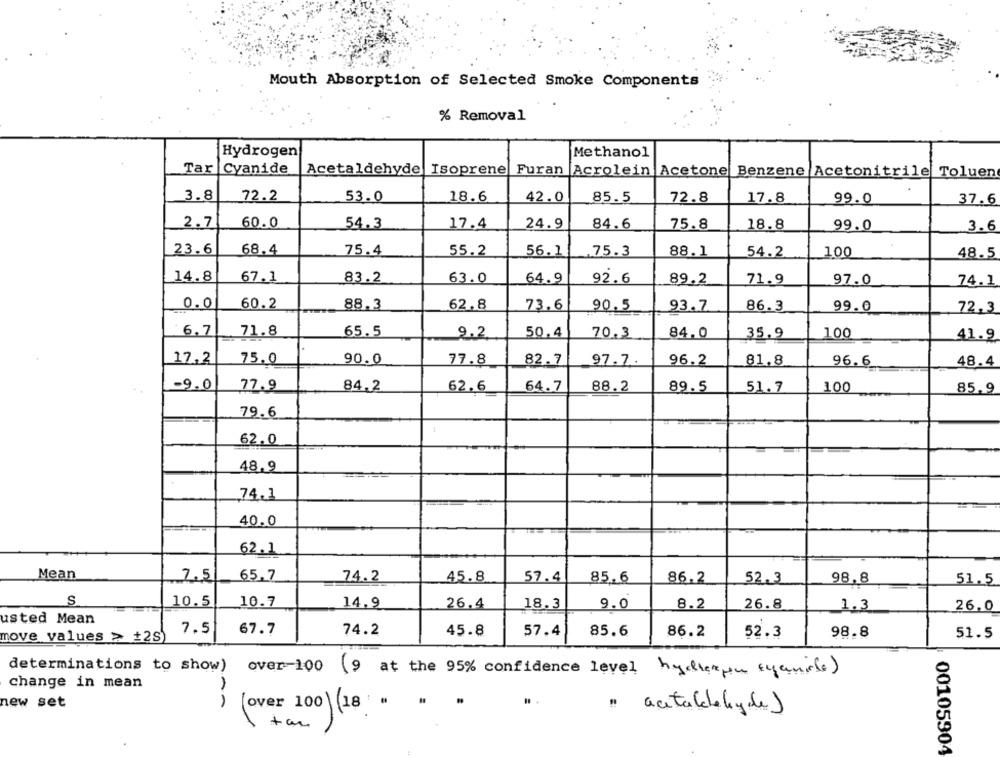
Mouth Absorption of Selected Smoke Components
% Removal
Hydrogen
Methanol
Tar Cyanide
Acetaldehyde Isoprene Furan
Acrolein Acetone Benzene Acetonitrile Toluen
3.8
72.2
53.0
42.0
99.0
18.6
85.5
72.8
17.8
37.6
2.7
60.0
54.3
17.4
24.9
84.6
75.8
18.8
99.0
3.6
23.6
68.4
75.4
55.2
56.1
.75.3
88.1
54.2
100
48.5
14.8
67.1
83.2
63.0
64.9
92.6
89.2
71.9
97.0
74.1
0.0
60.2
88.3
62.8
73.6
90.5
93.7
86.3
99.0
72,3
6.7
71.8
65.5
9.2
50.4
84.0
100
70.3
35.9
41.9
17.2
75.0
90.0
77.8
82.7
97.7.
96.2
81.8
96.6
48.4
-9.0
77.9
64.7
88.2
84,2
62.6
89.5
51.7
100
85.9
79.6
62.0
48.9
74,1
=
40.0
62.1
Mean
65.7
7.5
74.2
45.8
57.4
85.6
86.2
52.3
98.8
51.5
S
10.5
10.7
14,9
26.4
18.3
9.0
8.2
26.8
1.3
26.0
usted Mean
7.5
67.7
74.2
45.8
57.4
85.6
86.2
52.3
98.8
51.5
move values > +2s)
determinations to show) over-100 (9 at the 95% confidence level hydrespon syanisle )
change in mean
new set
(over 100 ) (18
" acetaldehyde)
tar
00105904